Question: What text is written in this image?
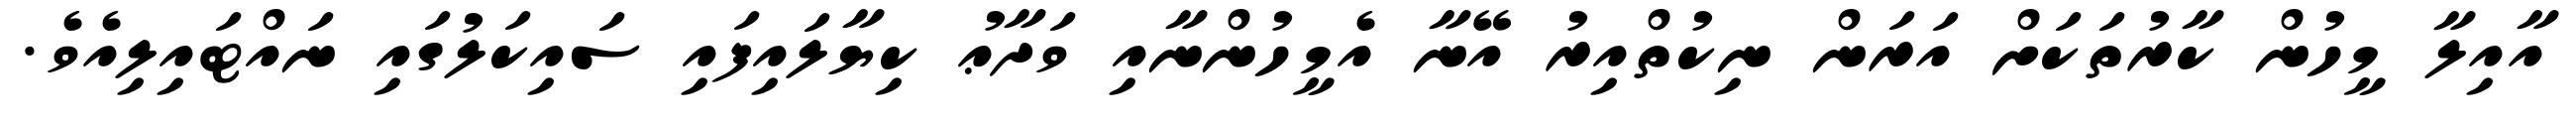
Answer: އާއިލާ މީހުން ކާރުތަކަށް އަރަން ނިކުތްއިރު އޭނާ އެމީހުންނާއި ވަދާޢު ކިޔާލައިފައި ސައިކަލުގައި ނައްޓައިލިއެވެ.